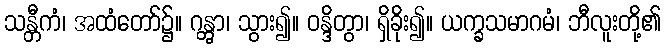
သန္တီကံ၊ အထံတော်၌။ ဂန္တွာ၊ သွား၍။ ဝန္ဒိတွာ၊ ရှိခိုး၍။ ယက္ခသမာဂမံ၊ ဘီလူးတို့၏